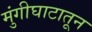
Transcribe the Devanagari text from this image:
मुंगीघाटातून